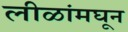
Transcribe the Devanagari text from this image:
लीळांमघून